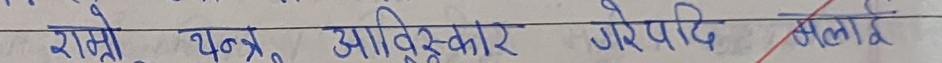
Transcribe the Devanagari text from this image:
रामो यन्त्र आविष्कार गरेपछि बलाए